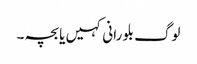
لوگ بلو رانی کہیں یا بچہ ۔